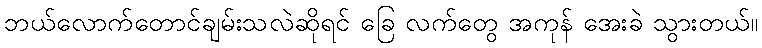
ဘယ်လောက်တောင်ချမ်းသလဲဆိုရင် ခြေ လက်တွေ အကုန် အေးခဲ သွားတယ်။